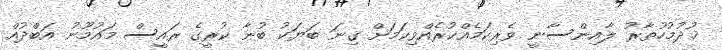
ޚުދުމުހުތާރު ލާއިންސާނީ ވެރިކަމެއްކުރެއްވިކަމަށް ގިނަ ބަޔަކު ބުނާ ކުރީގެ ރައީސް މައުމޫނު އަބްދުއް